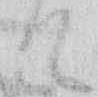
て